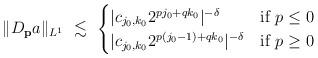
LaTeX: \begin{align*}\|D_{\bf p} a\|_{L^1} \ \lesssim \ \begin{cases}|c_{j_0, k_0} 2^{p j_0 + q k_0} |^{-\delta} & \mbox{\rm if} \ p\le 0 \\|c_{j_0, k_0} 2^{p (j_0 - 1) + q k_0} |^{-\delta} & \mbox{\rm if} \ p\ge 0 \end{cases}\end{align*}